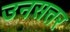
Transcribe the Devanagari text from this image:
उनसत्तर